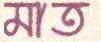
মাত